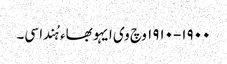
١٩٠٠-١٩١٠ وچ وی ایہو بھاء ہُندا سی۔